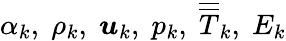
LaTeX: \alpha_{k},\; \rho_{k},\; \boldsymbol{u}_{k},\; p_{k},\; \overline{{\overline{{T}}}}_{k},\; E_{k}